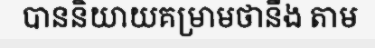
បាននិយាយគម្រាមថានឹង តាម